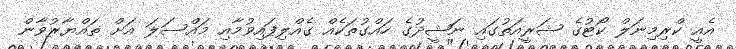
އެއީ ކްރިމިނަލް ކޯޓުގެ ޝަރީއަތުގައި ނަޝީދުގެ ހައްގުތަކެއް ގެއްލިފައިވުމާއި މައްސަލަ އަށް ތައްޔާރުވާން